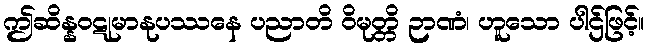
ဤဆိန္နဝဋုမာနုပဿနေ ပညာတိ ဝိမုတ္တိ ဉာဏံ၊ ဟူသော ပါဌ်ဖြင့်။